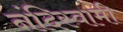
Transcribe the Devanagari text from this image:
नंदिस्वामी